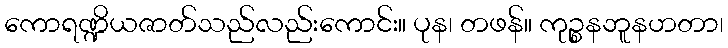
ကောရဏ္ဍိယဇာတ်သည်လည်းကောင်း။ ပုန၊ တဖန်။ ကုဉ္စနဘူနဟတာ၊